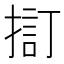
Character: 𢱏